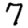
Digit: 7